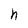
Character: h